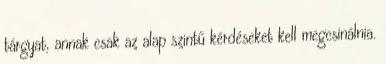
tárgyat, annak csak az alap szintű kérdéseket kell megcsinálnia.